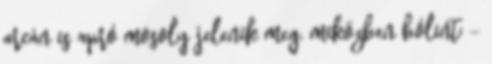
arcán is apró mosoly jelenik meg, miközben bólint: -